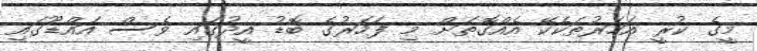
މީގެ ކުރީ އަހަރުތަކެކޭ އެއްގޮތަށް މި ފަހަރުގެ ބޮޑު އީދުގައި ވެސް އައްޑޫގައި